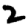
Digit: 2